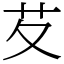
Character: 䒘